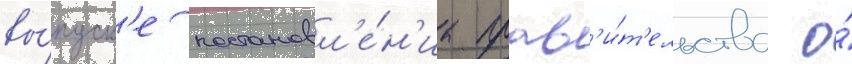
вы́пуск'е постановл'е́н'иа прав'и́т'ельства о́